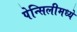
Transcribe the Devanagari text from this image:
पेन्सिलीमध्ये